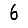
Digit: 6